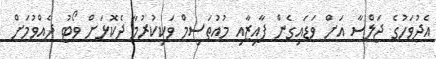
އެދުވަހުގެ ޖަލްސާ އަށް ވަޑައިގެން ފާއިޒާއި މުއުތަސިމް ވަކިކުރުމާ ދެކޮޅަށް ވޯޓު ދެއްވުމަށް